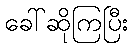
ခေါ်ဆိုကြပြီး